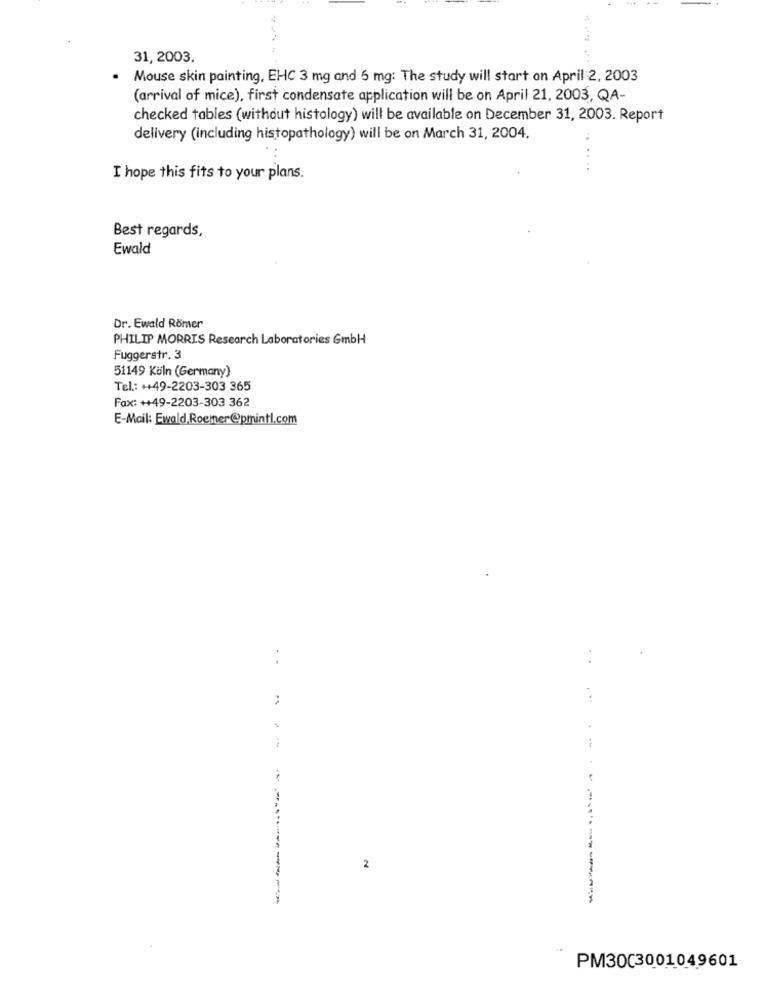
31, 2003.
Mouse skin painting, EHC 3 mg and 5 mg: The study will start on April 2, 2003
(arrival of mice), first condensate application will be on April 21, 2003, QA-
checked tables (without histology) will be available on December 31, 2003. Report
delivery (including histopathology) will be on March 31, 2004.
..
I hope this fits to your plans.
Best regards,
Ewald
Dr. Ewald Römer
PHILIP MORRIS Research Laboratories GmbH
Fuggerstr. 3
51149 Köln (Germany)
Tel .: ++49-2203-303 365
Fax: ++49-2203-303 362
E-Mail: Ewald.Roemer@pmintl.com
. .
2
PM3003001049601